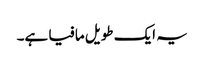
یہ ایک طویل مافیا ہے۔